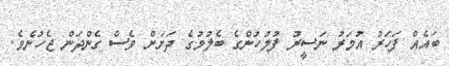
ބައެއް ފަހަރު އުމަރު ނަސީރު ފުލުހުންގެ ބެލުމުގެ ދަށަށް ވެސް ގެންދަން ޖެހުނެވެ.